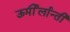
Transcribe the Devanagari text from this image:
ऊर्मीर्लान्ती